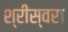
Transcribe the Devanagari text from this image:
श्रीस्वरा